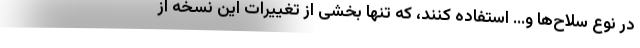
در نوع سلاح‌ها و… استفاده کنند، که تنها بخشی از تغییرات این نسخه از